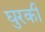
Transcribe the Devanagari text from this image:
घुरकी